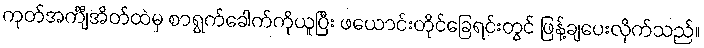
ကုတ်အင်္ကျီအိတ်ထဲမှ စာရွက်ခေါက်ကိုယူပြီး ဖယောင်းတိုင်ခြေရင်းတွင် ဖြန့်ချပေးလိုက်သည်။